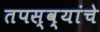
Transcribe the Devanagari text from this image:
तपस्व्यांचे